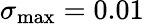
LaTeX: \sigma_{\mathrm{max}}=0.01